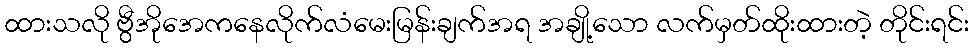
ထားသလို ဗွီအိုအေကနေလိုက်လံမေးမြန်းချက်အရ အချို့သော လက်မှတ်ထိုးထားတဲ့ တိုင်းရင်း